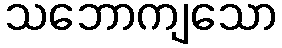
သဘောကျသော